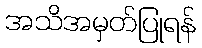
အသိအမှတ်ပြုရန်